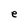
Character: e